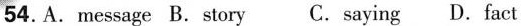
54. A. message B. story C. saying D. fact